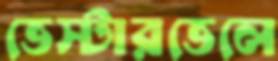
ভেস্টারভেলে